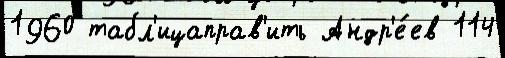
1960 табл'ицаправ'ить Андр'е́ев 114